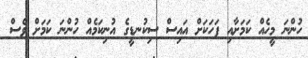
ހުންނަ މީހެއް ކަމަށާއި ފަހަކަށް އައިސް ސިކުނޑީގެ އުނިކަމެއް ހުންނަ ކަމަށް ވެސް